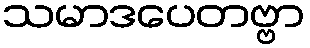
သမာဒပေတဗ္ဗာ